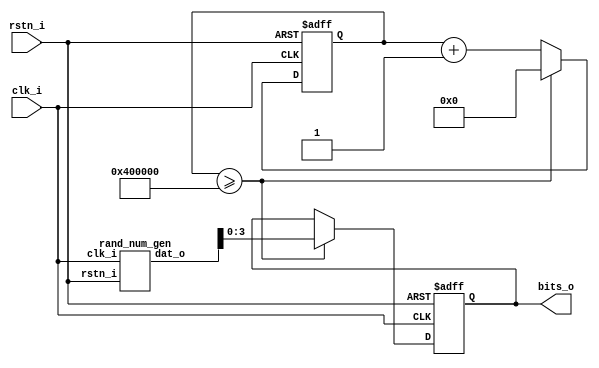
// This program was cloned from: https://github.com/b-etz/audio-handling
// License: Apache License 2.0

`timescale 1ns/10ps

//   misc.v
//
//   Copyright 2022 Brady Etz
//
//   Licensed under the Apache License, Version 2.0 (the "License");
//   you may not use this file except in compliance with the License.
//   You may obtain a copy of the License at
//
//     http://www.apache.org/licenses/LICENSE-2.0
//
//   Unless required by applicable law or agreed to in writing, software
//   distributed under the License is distributed on an "AS IS" BASIS,
//   WITHOUT WARRANTIES OR CONDITIONS OF ANY KIND, either express or implied.
//   See the License for the specific language governing permissions and
//   limitations under the License.

// MP3 decoder TBD...
// Requires review of MP3 decoding standard, ISO/IEC 11172-3:1993, https://www.iso.org/standard/22412.html

module pattern_display(
  input  clk_i, rstn_i,
  output reg [3:0] bits_o
);
  
  wire [31:0] rng_bits;
  rand_num_gen RNG(clk_i, rstn_i, rng_bits);
  
  reg [23:0] counter;
  
  always @(posedge clk_i or negedge rstn_i) begin
    if (!rstn_i) begin
      bits_o <= 4'b0;
      counter <= 0;
    end
    else begin
      if (counter >= 23'h400000) begin
        counter <= 0;
        bits_o <= rng_bits[3:0];
      end
      else counter <= counter + 1;
    end
  end
endmodule


module rand_num_gen #(
  parameter N = 32
) (
  input  clk_i, rstn_i,
  output reg [N-1:0] dat_o
);
  
  // Design derived from work in Indhumathi Devi, et al. 
  // "Hardware Random Number Generator Using FPGA", Journal of Cyber Security and Mobility, Vol 8 Issue 4, Oct 2019.
  
  reg [N-1:0] ringosc_o, ringosc_r, lhca_o, delay_r;
  
  always @* begin
    ringosc_o[0] = ~(ringosc_o[N-1] ^ ringosc_o[0] ^ ringosc_o[1]); // Inverted to avoid stability
    ringosc_o[N-1] = ringosc_o[N-2] ^ ringosc_o[N-1] ^ ringosc_o[0];
    
    lhca_o[0] = 1'b0 ^ ringosc_r[0] ^ delay_r[0] ^ dat_o[1];
    lhca_o[N-1] = 1'b0 ^ ringosc_r[N-1] ^ delay_r[N-1] ^ dat_o[N-2];
  end
  
  genvar i;
  generate
    for (i = 1; i < N-1; i = i + 1) begin : generalized_ring_osc
      always @* begin
        ringosc_o[i] = ringosc_o[i-1] ^ ringosc_o[i] ^ ringosc_o[i+1];
      end
    end
    for (i = 1; i < N-1; i = i + 1) begin : generalized_lhca
      always @* begin
        lhca_o[i] = dat_o[i-1] ^ ringosc_r[i] ^ delay_r[i] ^ dat_o[i+1];
      end
    end
  endgenerate
  
  always @(posedge clk_i or negedge rstn_i) begin
    if (!rstn_i) begin
      ringosc_r <= 0;
      delay_r <= 0;
      dat_o <= 0;
    end
    else begin
      ringosc_r <= ringosc_o;
      dat_o <= lhca_o;
      delay_r <= dat_o;
    end
  end
  
endmodule


module counter #(
  parameter Duration = 1000
) (
  input  clk_i, rstn_i, enable,
  output reg done
);
  reg [$clog2(Duration)-1:0] count;
  always @(posedge clk_i or negedge rstn_i) begin
    if (!rstn_i) begin
      count <= 0; done <= 1'b0;
    end
    else begin
      if (enable) begin
        if (count < Duration - 1) count <= count + 1;
        else                      done <= 1'b1;
      end else begin
        count <= 0; done <= 1'b0;
      end
    end
  end
endmodule


module gray_encoder #(
  parameter DataWidth = 4
) (
  input  [DataWidth-1:0] data_i, // Binary input, unsigned
  output [DataWidth-1:0] data_o  // Gray code output
);
  assign data_o = data_i ^ (data_i >> 1);
endmodule

module gray_decoder #(
  parameter DataWidth = 4
) (
  input  [DataWidth-1:0] data_i, // Gray code input
  output reg [DataWidth-1:0] data_o  // Binary output, unsigned
);
  integer i;
  always @*
    for (i = 0; i < DataWidth; i = i+1)
      data_o[i] = ^(data_i >> i);
endmodule